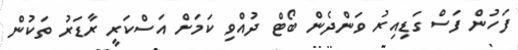
ފަހުން ފަސް ގަޑިއިރު ވަންދެން ބޯޓް ދުއްވި ކަމަށް އަސްކަރީ ރާޑަރު ތަކުން